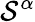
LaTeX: \mathcal{S}^{\alpha}